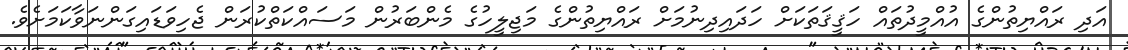
އަދި ރައްޔިތުންގެ އުއްމީދުތައް ހަޤީޤަތަކަށް ހަދައިދިނުމަށް ރައްޔިތުންގެ މަޖިލީހުގެ މެންބަރުން މަސައްކަތްކުރަން ޖެހިވަޑައިގަންނަވާކަމަށެވެ.